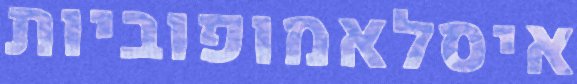
איסלאמופוביות